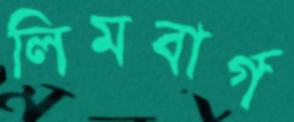
লিমবার্গ